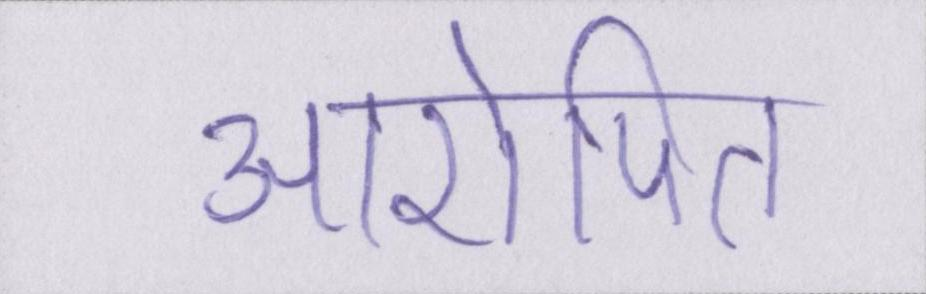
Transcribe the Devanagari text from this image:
आरोपित